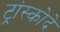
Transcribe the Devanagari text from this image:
ट्रांस्कोदे